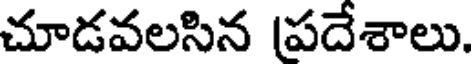
చూడవలసిన (పదేశాలు.